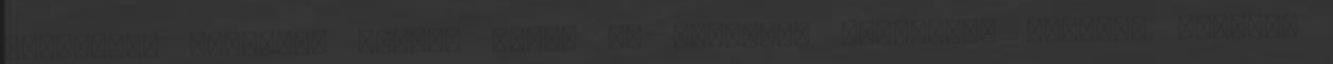
Adószáma: Edelényi Mátyás Óvoda és Bölcsőde Bölcsődei Szakmai Program